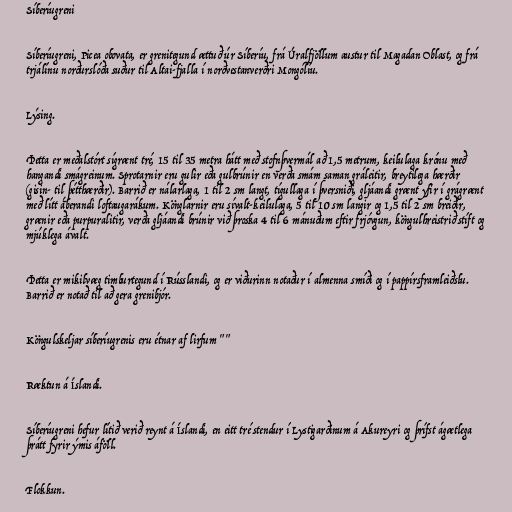
Síberíugreni

Síberíugreni, Picea obovata, er grenitegund ættuð úr Síberíu, frá Úralfjöllum austur til Magadan Oblast, og frá
trjálínu norðurslóða suður til Altai-fjalla í norðvestanverðri Mongólíu.

Lýsing.

Þetta er meðalstórt sígrænt tré, 15 til 35 metra hátt með stofnþvermál að 1,5 metrum, keilulaga krónu með
hangandi smágreinum. Sprotarnir eru gulir eða gulbrúnir en verða smám saman gráleitir, breytilega hærðir
(gisin- til þétthærðir). Barrið er nálarlaga, 1 til 2 sm langt, tígullaga í þversniði, gljáandi grænt yfir í grágrænt
með lítt áberandi loftaugarákum. Könglarnir eru sívalt-keilulaga, 5 til 10 sm langir og 1,5 til 2 sm breiðir,
grænir eða purpuralitir, verða gljáandi brúnir við þroska 4 til 6 mánuðum eftir frjóvgun, köngulhreistrið stíft og
mjúklega ávalt.

Þetta er mikilvæg timburtegund í Rússlandi, og er viðurinn notaður í almenna smíði og í pappírsframleiðslu.
Barrið er notað til að gera grenibjór.

Köngulskeljar síberíugrenis eru étnar af lirfum ""

Ræktun á Íslandi.

Síberíugreni hefur lítið verið reynt á Íslandi, en eitt tré stendur í Lystigarðinum á Akureyri og þrífst ágætlega
þrátt fyrir ýmis áföll.

Flokkun.